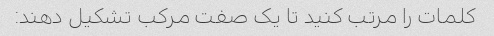
کلمات را مرتب کنید تا یک صفت مرکب تشکیل دهند: